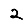
Digit: 2